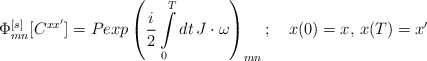
\begin{align*}\Phi^{[s]}_{mn}[C^{xx'}]=Pexp\left({i\over 2}\int\limits_0^Tdt\,J\cdot\omega\right)_{mn};\quad x(0)=x,\,x(T)=x'\end{align*}